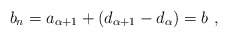
\begin{align*}b_n = a_{\alpha + 1} + (d_{\alpha + 1} - d_\alpha) = b \ ,\end{align*}